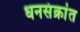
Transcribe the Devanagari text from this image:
धनसंक्रांत